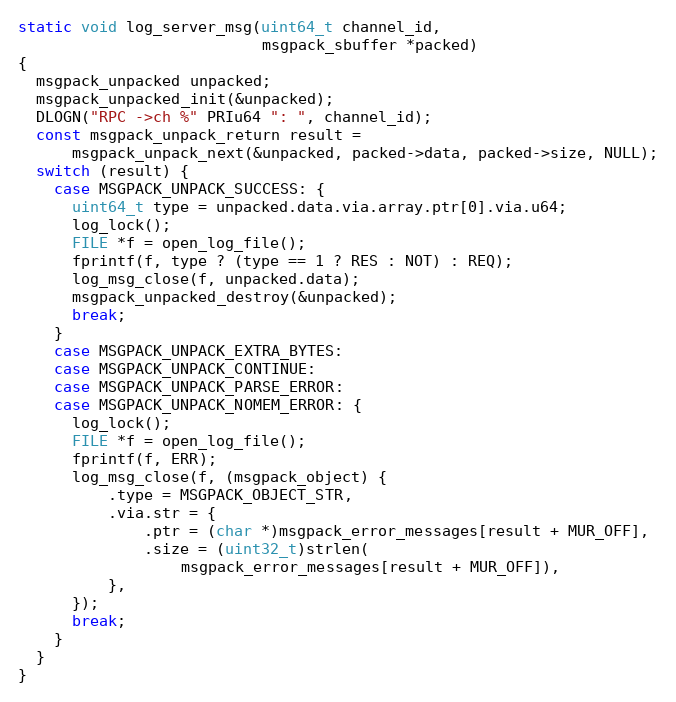
Language: C
static void log_server_msg(uint64_t channel_id,
                           msgpack_sbuffer *packed)
{
  msgpack_unpacked unpacked;
  msgpack_unpacked_init(&unpacked);
  DLOGN("RPC ->ch %" PRIu64 ": ", channel_id);
  const msgpack_unpack_return result =
      msgpack_unpack_next(&unpacked, packed->data, packed->size, NULL);
  switch (result) {
    case MSGPACK_UNPACK_SUCCESS: {
      uint64_t type = unpacked.data.via.array.ptr[0].via.u64;
      log_lock();
      FILE *f = open_log_file();
      fprintf(f, type ? (type == 1 ? RES : NOT) : REQ);
      log_msg_close(f, unpacked.data);
      msgpack_unpacked_destroy(&unpacked);
      break;
    }
    case MSGPACK_UNPACK_EXTRA_BYTES:
    case MSGPACK_UNPACK_CONTINUE:
    case MSGPACK_UNPACK_PARSE_ERROR:
    case MSGPACK_UNPACK_NOMEM_ERROR: {
      log_lock();
      FILE *f = open_log_file();
      fprintf(f, ERR);
      log_msg_close(f, (msgpack_object) {
          .type = MSGPACK_OBJECT_STR,
          .via.str = {
              .ptr = (char *)msgpack_error_messages[result + MUR_OFF],
              .size = (uint32_t)strlen(
                  msgpack_error_messages[result + MUR_OFF]),
          },
      });
      break;
    }
  }
}